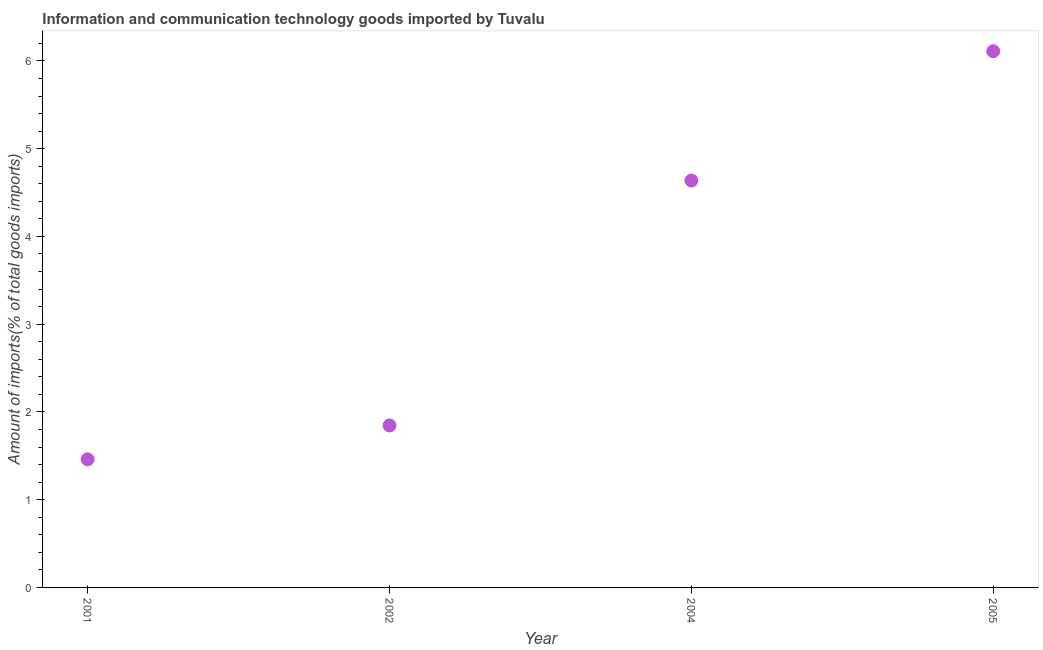
| Year | ICT goods imports |
 | --- | --- |
 | 2001 | 1.46 |
 | 2002 | 1.85 |
 | 2004 | 4.64 |
 | 2005 | 6.11 |